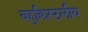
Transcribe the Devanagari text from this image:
बहुक्रिस्टलीय